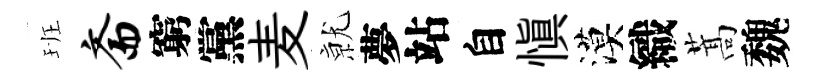
班斋窮黨麦𭕒夢站自愼漠織蒿魏